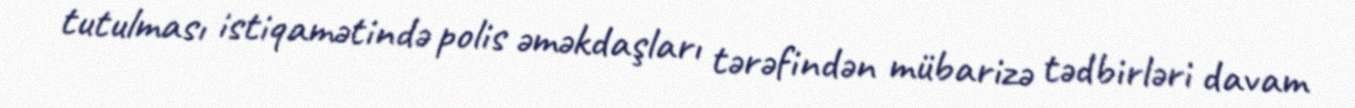
tutulması istiqamətində polis əməkdaşları tərəfindən mübarizə tədbirləri davam